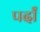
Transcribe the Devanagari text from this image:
पर्दां